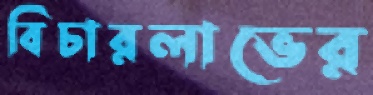
বিচারলাভের